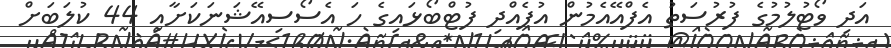
އަދި ވޯޓުލުމުގެ ފުރުސަތު އެފްއޭއެމުން އުފެއްދި ފުޓްބޯޅައިގެ ހަ އެސޯސިއޭޝަނަކަށާއި 44 ކުލަބަށް